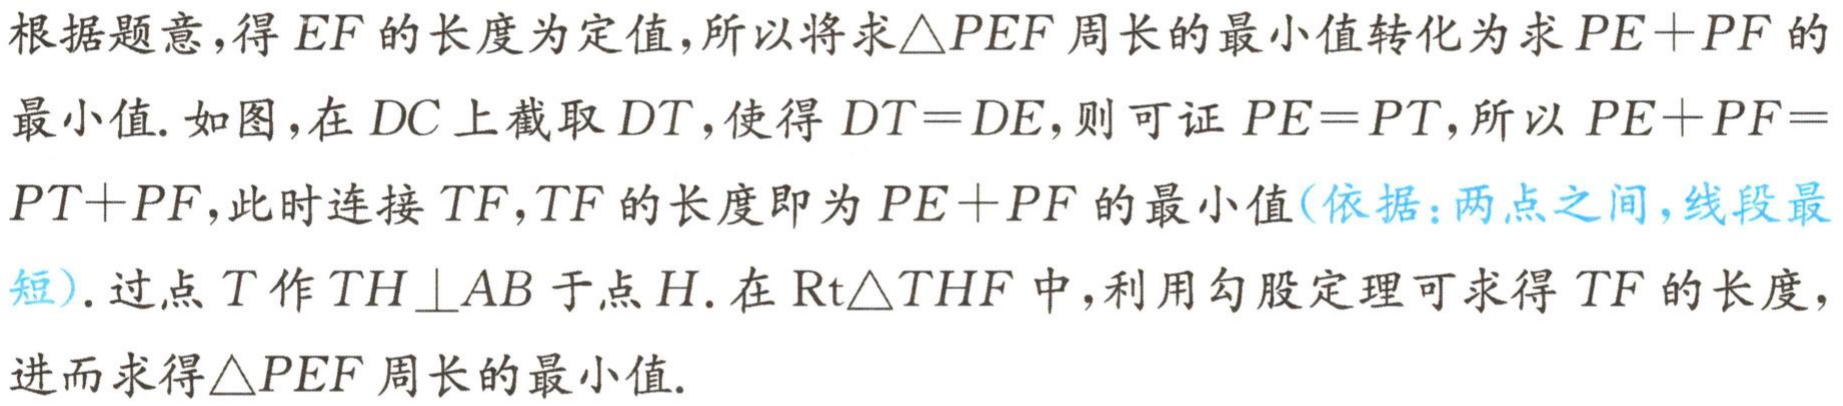
根据题意，得 \(EF\) 的长度为定值，所以将求\(\triangle PEF\)周长的最小值转化为求 \(PE + PF\) 的最小值. 如图，在 \(DC\) 上截取 \(DT\)，使得 \(DT = DE\)，则可证 \(PE = PT\)，所以 \(PE + PF = PT + PF\)，此时连接 \(TF\)，\(TF\) 的长度即为 \(PE + PF\) 的最小值(依据：两点之间，线段最短). 过点 \(T\) 作 \(TH\perp AB\) 于点 \(H\). 在 \(\text{Rt}\triangle THF\) 中，利用勾股定理可求得 \(TF\) 的长度，进而求得\(\triangle PEF\)周长的最小值.